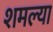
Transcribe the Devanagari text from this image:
शमल्या